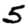
Digit: 5